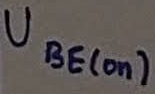
Text: UBE(on)